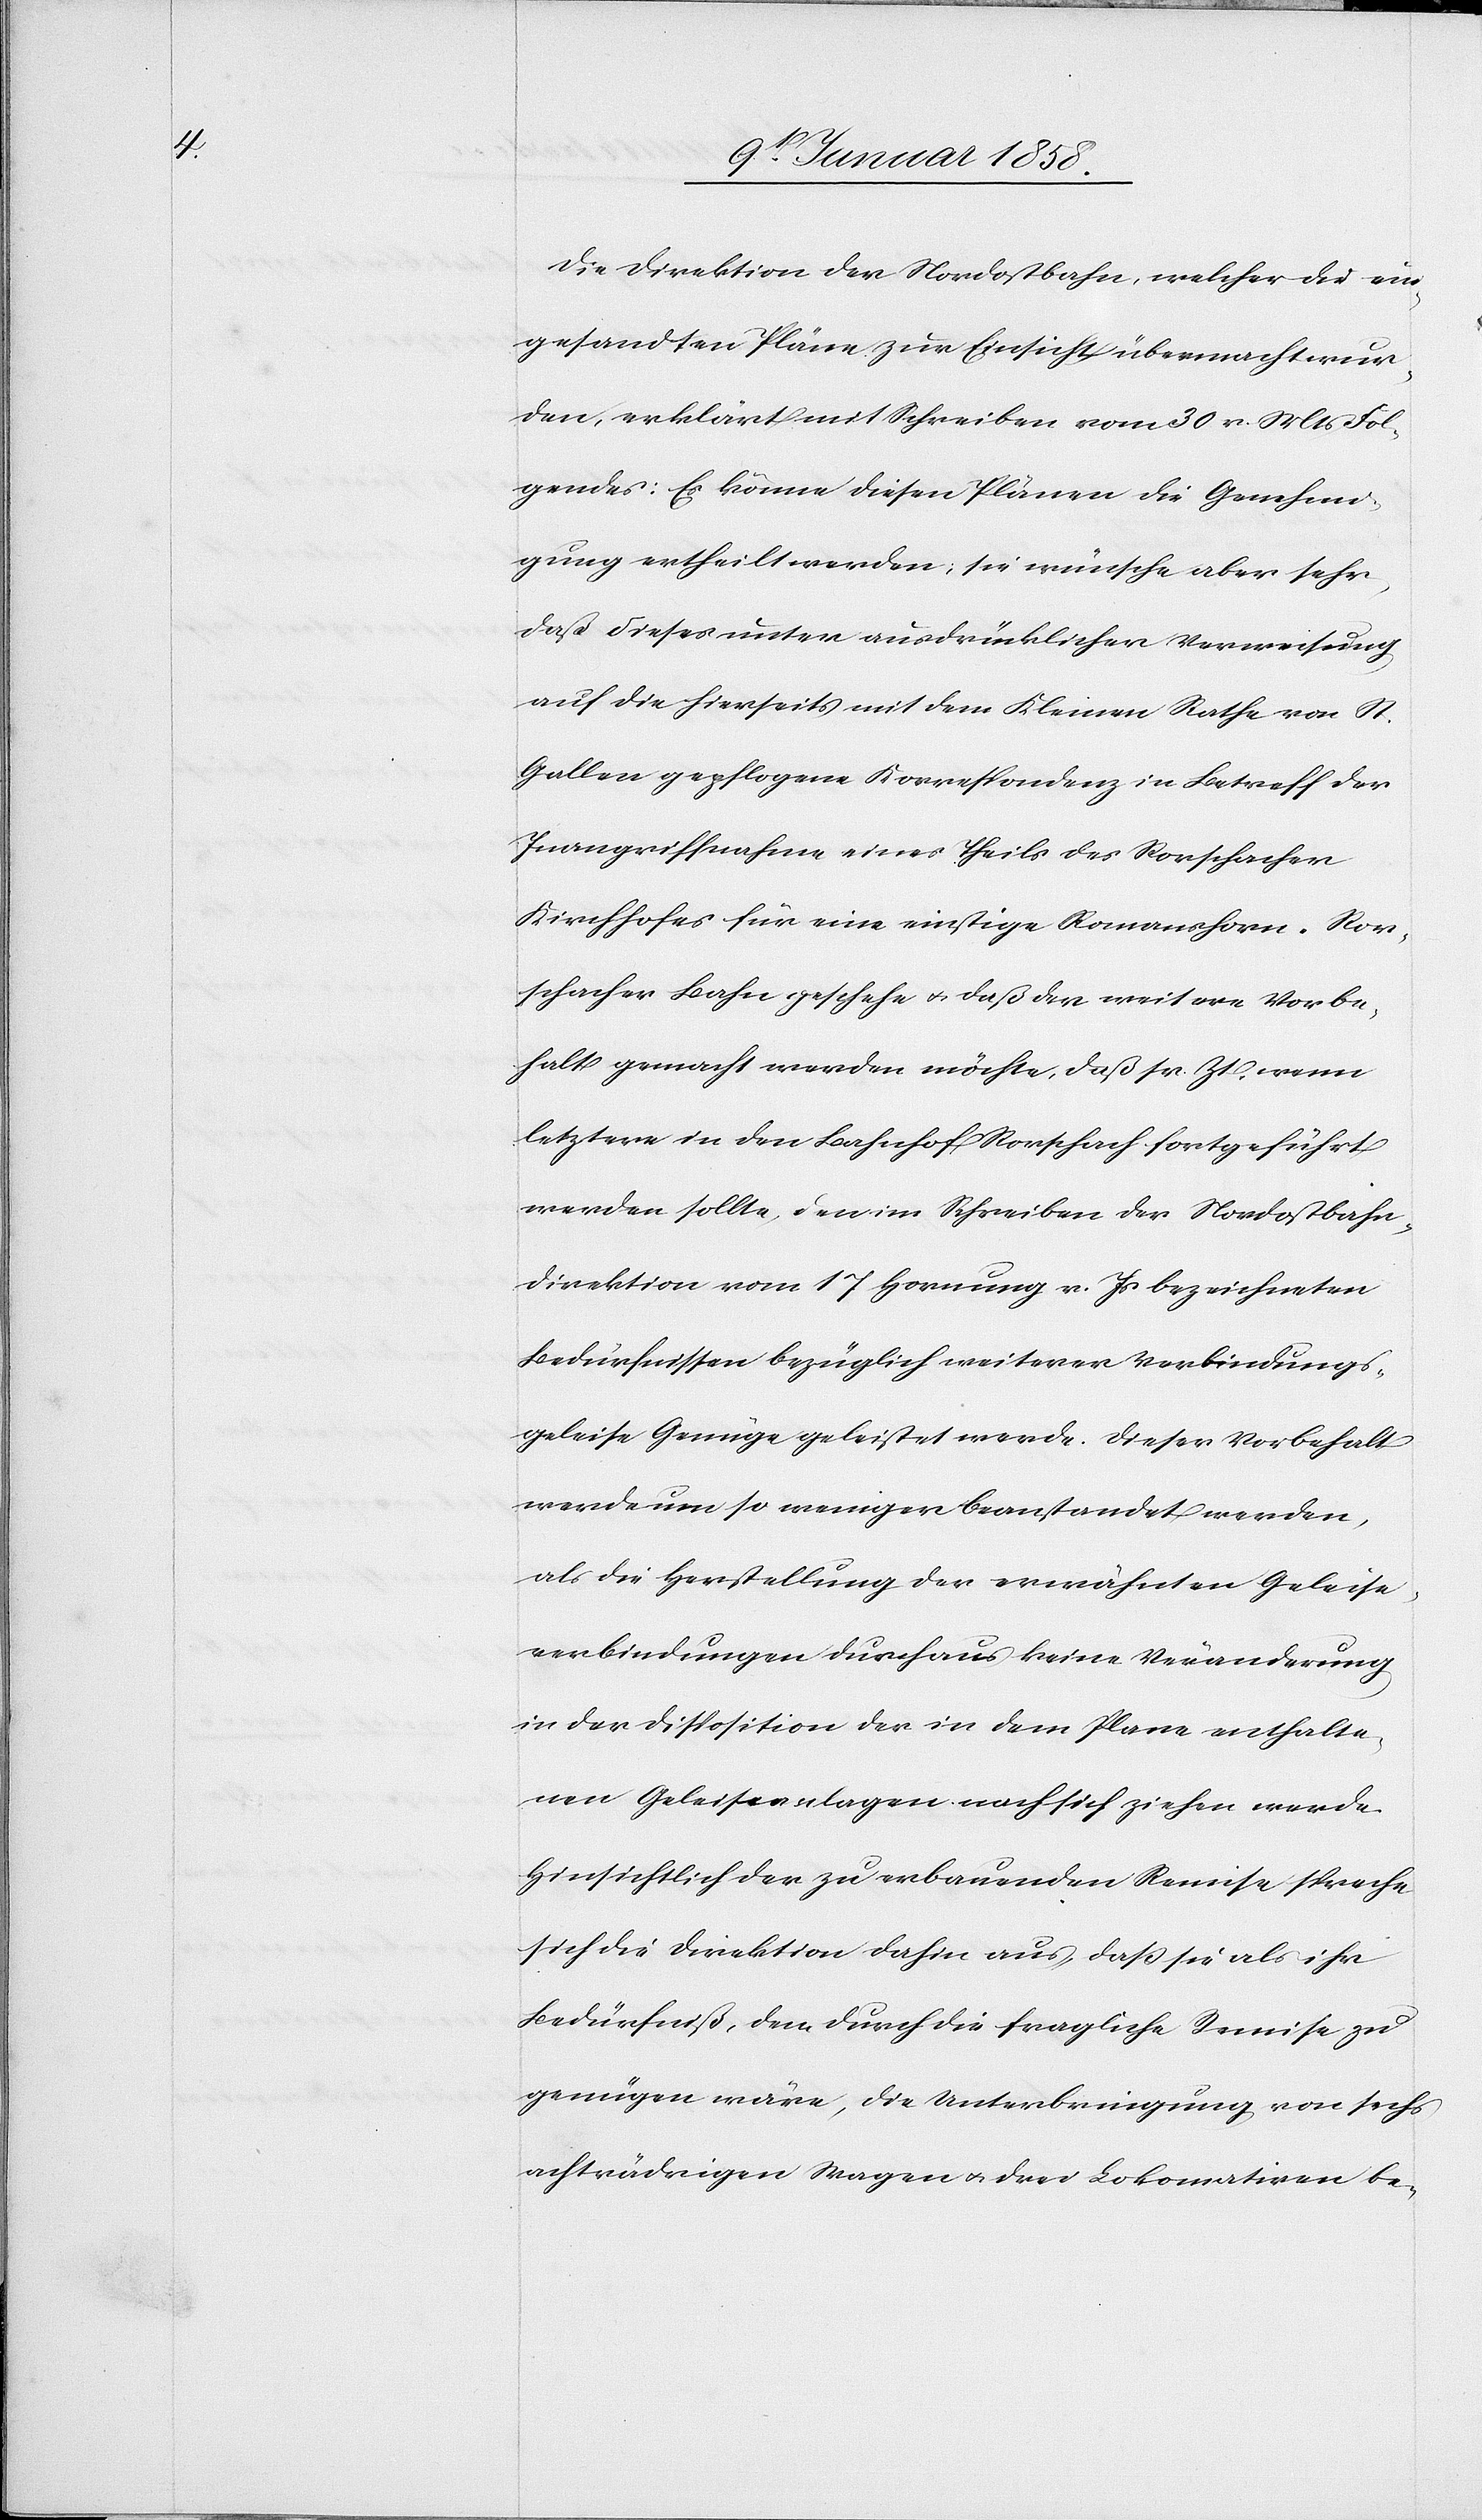
Die Direktion der Nordostbahn, welcher die ein¬
gesandten Pläne zur Einsicht übermacht wur¬
den, erklärt mit Schreiben vom 30 v. Mts Fol¬
gendes: Es könne diesen Plänen die Genehmi¬
gung ertheilt werden, sie wünsche aber sehr,
daß dieses unter ausdrücklicher Verweisung
auf die hierseits mit dem Kleinen Rathe von St.
Gallen gepflogene Korrespondenz in Betreff der
Inangriffnahme eines Theils des Rorschacher
Kirchhofes für eine einstige Romanshorn-Ror¬
schacher Bahn geschehe u. daß der weitere Vorbe¬
halt gemacht werden möchte, daß sr. Zt. wenn
letztere in den Bahnhof Rorschach fortgeführt
werden sollte, den im Schreiben der Nordostbahn¬
direktion vom 17 Hornung v. Js bezeichneten
Bedürfnissen bezüglich weiterer Verbindungs¬
geleise Genüge geleistet werde. Dieser Vorbehalt
werde um so weniger beanstandet werden,
als die Herstellung der erwähnten Geleise¬
verbindungen durchaus keine Veränderung
in der Disposition der in dem Plane enthalte¬
nen Geleiseanlagen nach sich ziehen werde.
Hinsichtlich der zu erbauenden Remise spreche
sich die Direktion dahin aus, daß sie als ihr
Bedürfniß, dem durch die fragliche Remise zu
genügen wäre, die Unterbringung von sechs
achträdrigen Wagen u. drei Lokomativen be-